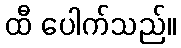
ထီ ပေါက်သည်။